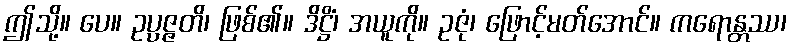
ဤသို့။ ပေ။ ဥပ္ပဇ္ဇတိ၊ ဖြစ်၏။ ဒိဋ္ဌိံ၊ အယူကို။ ဥဇုံ၊ ဖြောင့်မတ်အောင်။ ကရောန္တဿ၊